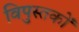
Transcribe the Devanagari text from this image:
विपुस्तकों